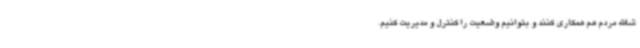
شاالله مردم هم همکاری کنند و بتوانیم وضعیت را کنترل و مدیریت کنیم.